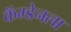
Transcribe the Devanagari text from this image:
कॅम्डेनला